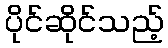
ပိုင်ဆိုင်သည့်